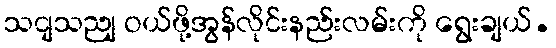
သငျသညျ ဝယ်ဖို့အွန်လိုင်းနည်းလမ်းကို ရွေးချယ်.